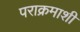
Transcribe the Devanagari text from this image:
पराक्रमाशी